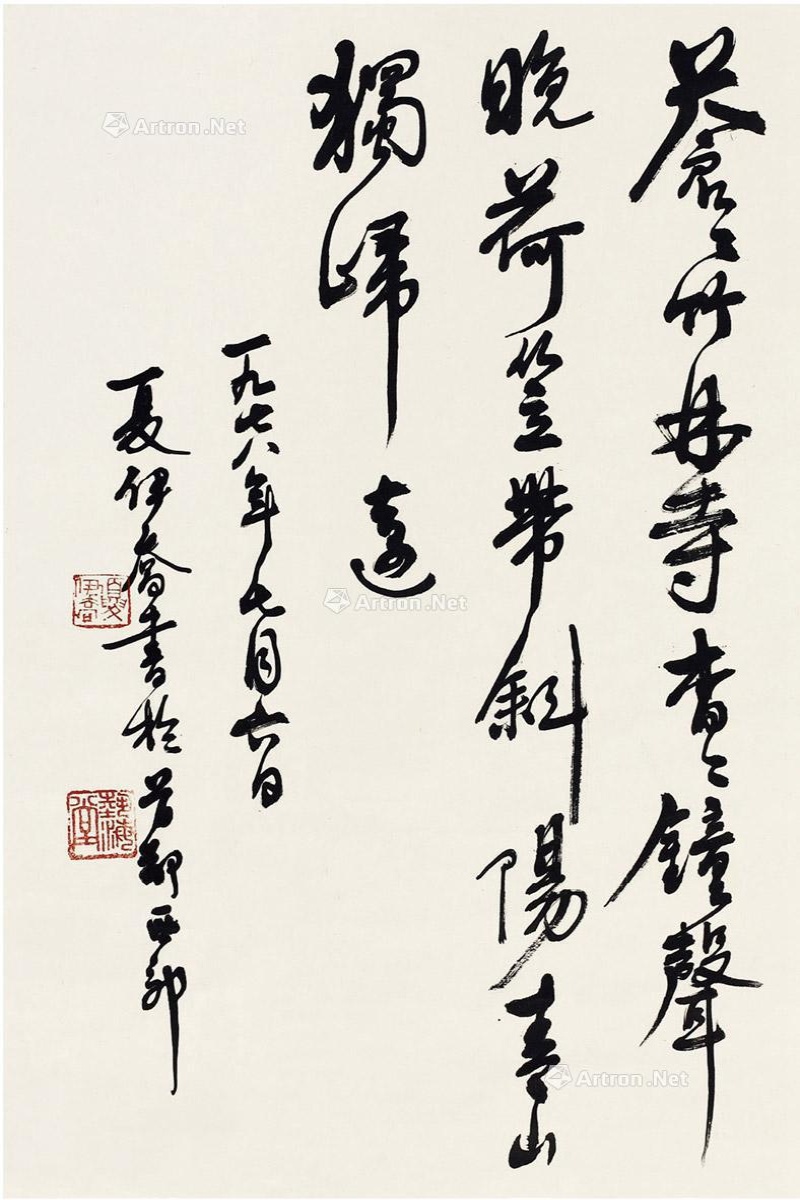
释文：苍苍竹林寺，杳杳钟声晚。荷笠带斜阳，青山独归远。一九七八年七月六日，夏伊乔书于首都西郊。